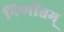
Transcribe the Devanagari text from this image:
निर्णीतम्